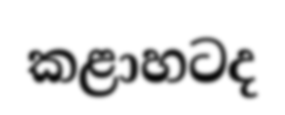
කළාහටද